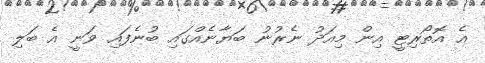
އެ އޮތޯރިޓީ އިން މިއަދު ނެރުނު ބަޔާނެއްގައި ބުނެފައި ވަނީ އެ ބަލި